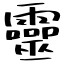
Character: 靈